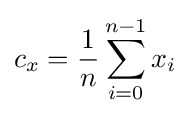
c_{x}={\frac {1}{n}}\sum _{i=0}^{n-1}x_{i}